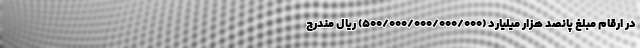
در ارقام مبلغ پانصد هزار میلیارد (۵۰۰/۰۰۰/۰۰۰/۰۰۰/۰۰۰) ریال مندرج